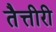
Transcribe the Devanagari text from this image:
तैत्तीरी